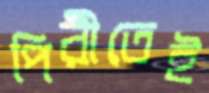
পিরীতেই